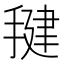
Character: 𰔑